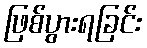
ဖြစ်ပွားရခြင်း